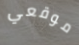
موقعي